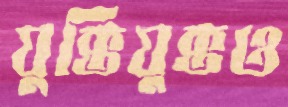
যুক্তিযুক্তও